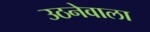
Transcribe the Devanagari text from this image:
उठनेवाला